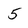
Character: 5